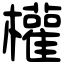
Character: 權